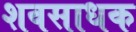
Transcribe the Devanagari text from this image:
शवसाधक